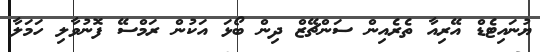
ޔުނައިޓެޑް އޭރިއާ ތެރެއިން ސަންޗޭޒް ދިން ބޯޅަ އަކުން ރަމްސޭ ފޮނުވާލި ހަމަލާ